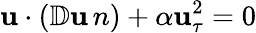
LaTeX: \mathbf{u}\cdot(\mathbb{{D}}\mathbf{u}\, n)+\alpha\mathbf{u}_{\tau}^{2}=0